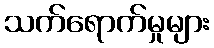
သက်ရောက်မှုများ